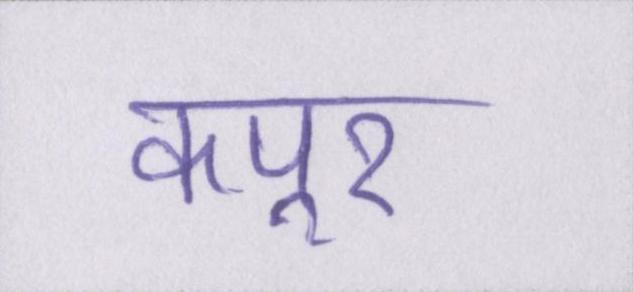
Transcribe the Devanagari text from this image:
कपूर